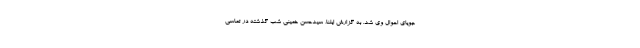
جویای احوال وی شد. به گزارش ایلنا، سیدحسن خمینی شب گذشته در تماسی